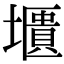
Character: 㙺